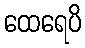
ထေရေပိ